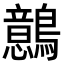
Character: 鷾